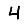
Digit: 4